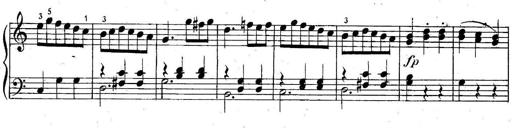
Title: 6 Easy Sonatinas
Composer: Carl Czerny